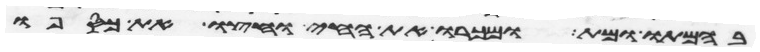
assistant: בהמתו ומת ומכרו את החי וחצו את כספו